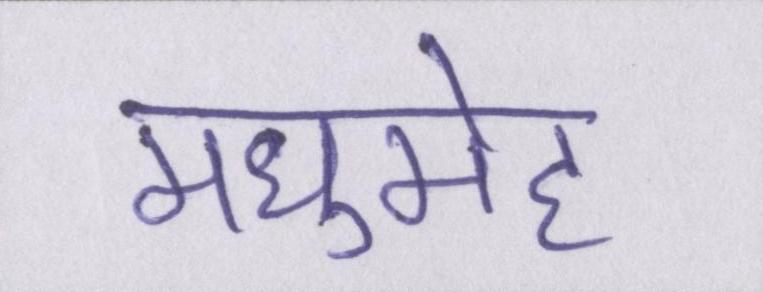
मधुमेह